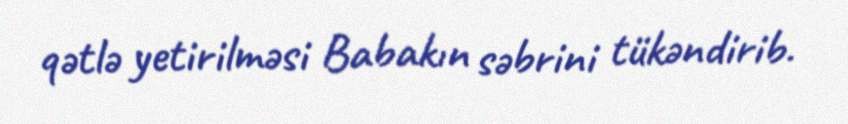
qətlə yetirilməsi Babakın səbrini tükəndirib.